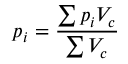
p _ { i } = \frac { \sum p _ { i } V _ { c } } { \sum V _ { c } }